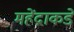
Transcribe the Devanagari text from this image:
महेंद्राकडे